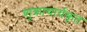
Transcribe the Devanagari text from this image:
शुक्राचार्यकृत